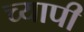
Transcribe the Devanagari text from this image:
च्यापी